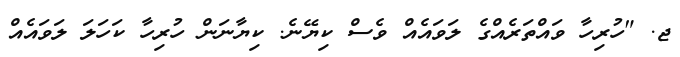
ޖ. "ހުރިހާ ވައްތަރެއްގެ ލަވައެއް ވެސް ކިޔޭނެ. ކިޔާނަން ހުރިހާ ކަހަލަ ލަވައެއް